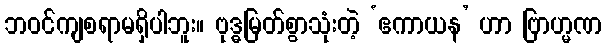
ဘဝင်ကျစရာမရှိပါဘူး။ ဗုဒ္ဓမြတ်စွာသုံးတဲ့ ‘ဧကာယန’ ဟာ ဗြာဟ္မဏ